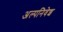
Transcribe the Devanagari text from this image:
अल्पनिवेश